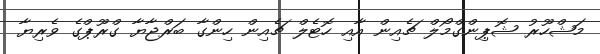
މަޝްހޫރު ޝޮޕިންގްމޯލް ޗެއިން އާއި ހޮޓެލް ޗެއިން ހިންގާ ބަރްޖާޔާ ގްރޫޕްގެ ވެރިޔާ